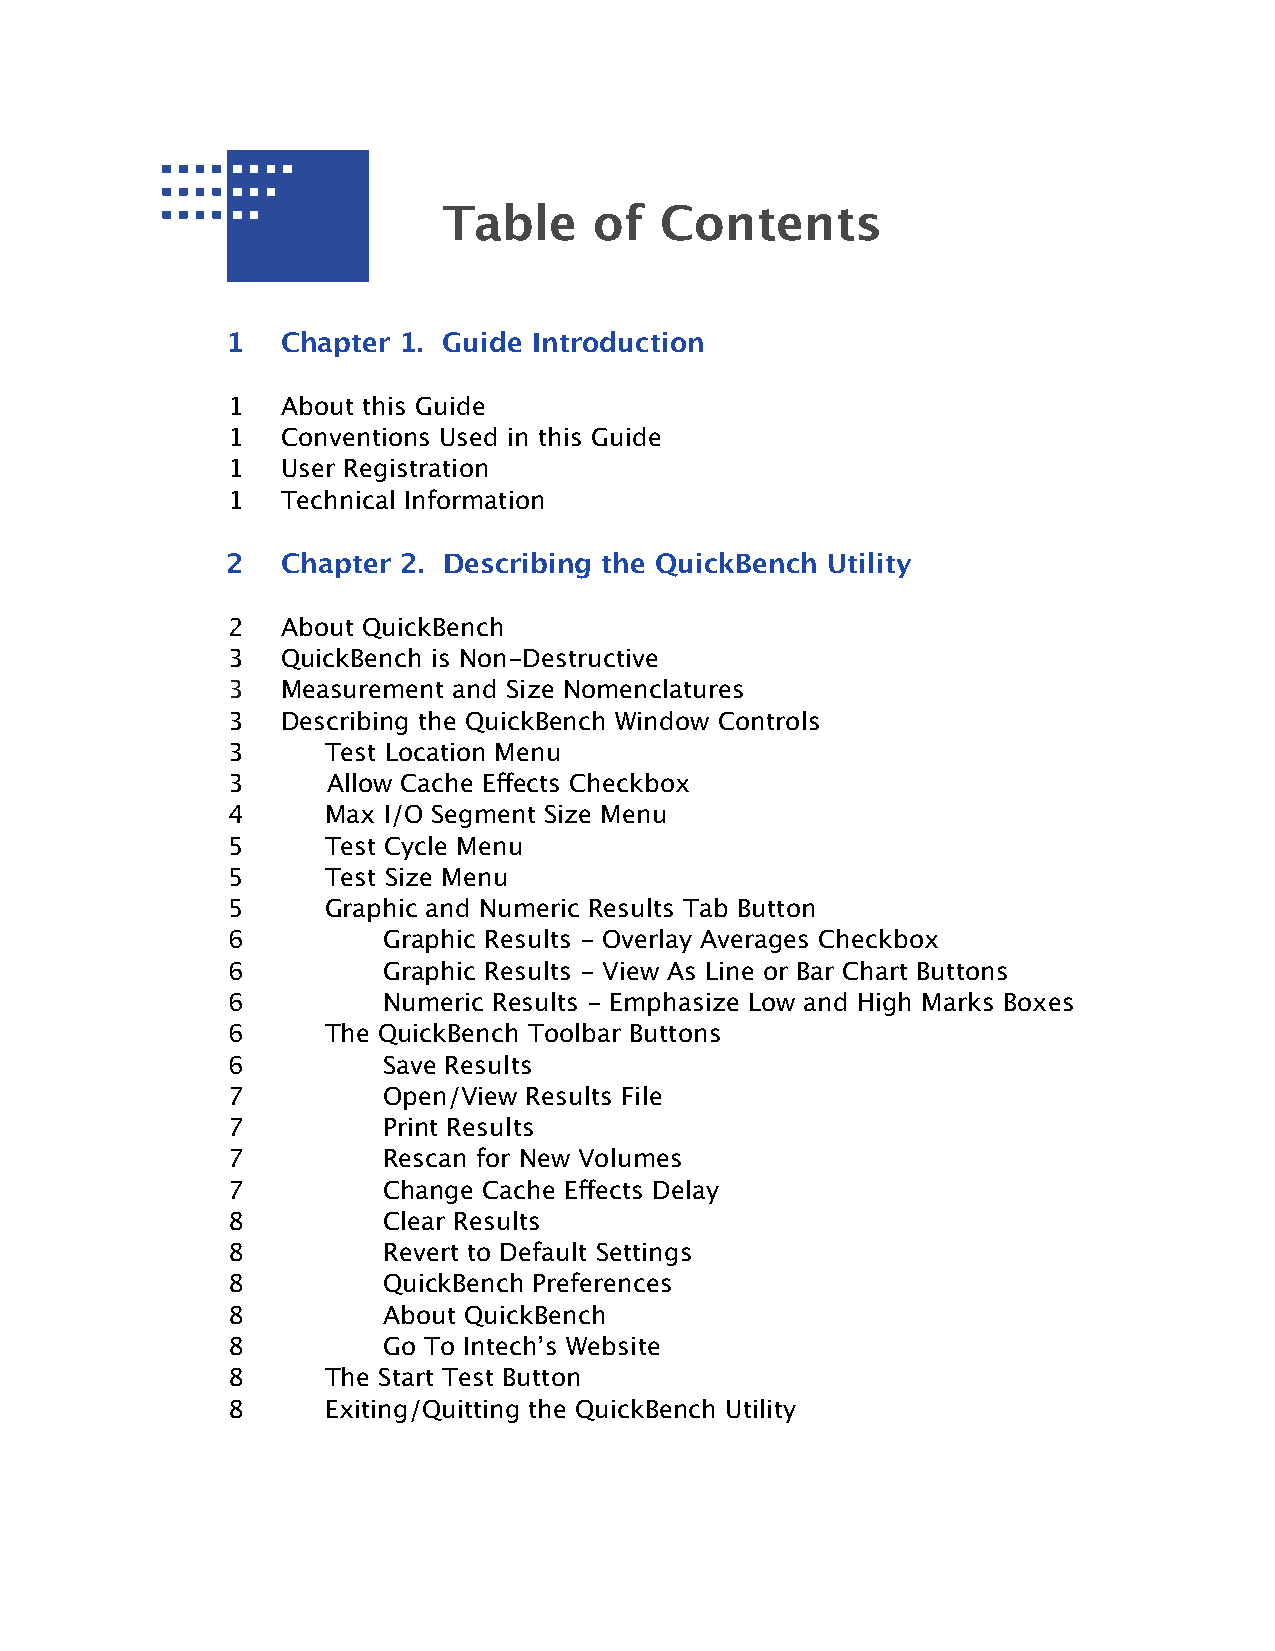
Table     of   Contents
 1   Chapter 1. Guide Introduction
 1   About this Guide
 1   Conventions Used in this Guide
 1   User Registration
 1   Technical Information
 2   Chapter 2. Describing the QuickBench Utility
 2   About QuickBench
 3   QuickBench is Non-Destructive
 3   Measurement and Size Nomenclatures
 3   Describing the QuickBench Window Controls
 3      Test Location Menu
 3      Allow Cache Effects Checkbox
 4      Max I/O Segment Size Menu
 5      Test Cycle Menu
 5      Test Size Menu
 5      Graphic and Numeric Results Tab Button
 6         Graphic Results - Overlay Averages Checkbox
 6         Graphic Results - View As Line or Bar Chart Buttons
 6         Numeric Results - Emphasize Low and High Marks Boxes
 6      The QuickBench Toolbar Buttons
 6         Save Results
 7         Open/View Results File
 7         Print Results
 7         Rescan for New Volumes
 7         Change Cache Effects Delay
 8         Clear Results
 8         Revert to Default Settings
 8         QuickBench Preferences
 8         About QuickBench
 8         Go To Intech’s Website
 8      The Start Test Button
 8      Exiting/Quitting the QuickBench Utility